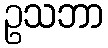
ဥသဘာ